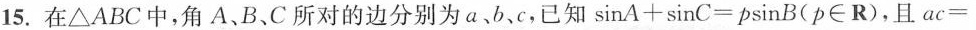
15.在△ABC中，角A、B、C所对的边分别为a﹑b、c，已知$$\sinA + \sinC = p \sinB ( p \in R )$$，且$$a c =